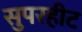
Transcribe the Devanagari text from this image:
सुपरहीट